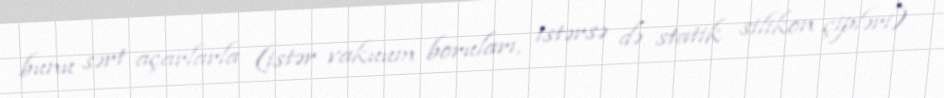
bunu sərt açarlarla (istər vakuum boruları, istərsə də statik silikon çipləri)